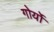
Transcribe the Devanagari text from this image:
गोर्यो